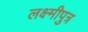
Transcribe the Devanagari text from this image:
लक्ष्मीपुत्र